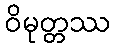
ဝိမုတ္တဿ